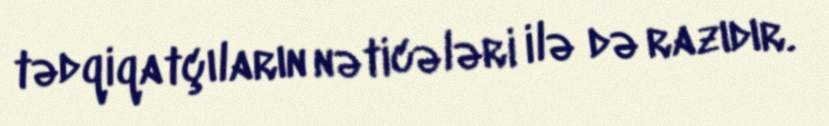
tədqiqatçıların nəticələri ilə də razıdır.